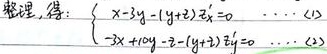
整理，得：$\begin{cases}x - 3y-(y + z){z}_{x}' = 0\ \ \ \ \cdots(1)\\-3x + 10y - z-(y + z){z}_{y}' = 0\ \ \ \cdots(2)\end{cases}$